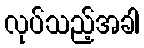
လုပ်သည့်အခါ